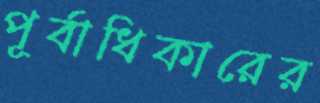
পূর্বাধিকারের